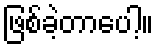
ဖြစ်ခဲ့တာပေါ့။